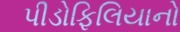
પીડોફિલિયાનો